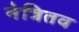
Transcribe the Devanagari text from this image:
नेत्रितव